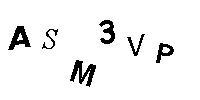
ASM3VP